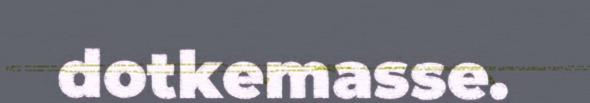
dotkemasse.